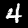
Label: 4